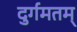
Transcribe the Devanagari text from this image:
दुर्गमतम्